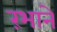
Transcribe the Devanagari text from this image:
रंभाने